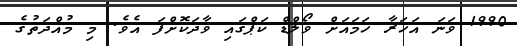
1990 ވަނަ އަހަރާ ހަމައަށް ވޯލްޑް ކަޕްގައި ވާދަކޮށްފަ އެވެ. މި މުއްދަތުގެ